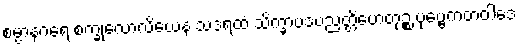
စမ္ပာနဂရေ စက္ခုလောလိယေန သဒရထံ သိက္ခာပဒပညတ္တိဟေတုဉ္စ ပုဗ္ဗေကတဝါဒေ